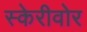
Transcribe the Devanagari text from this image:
स्केरीवोर